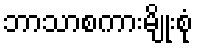
ဘာသာစကားမျိုးစုံ